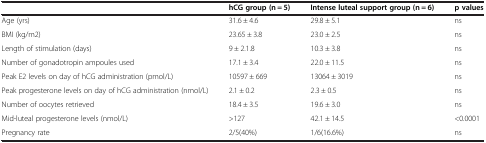
<table><thead><tr><td><b> </b></td><td><b>hCG group (n = 5)</b></td><td><b>Intense luteal support group (n = 6)</b></td><td><b>p values</b></td></tr></thead><tbody><tr><td>Age (yrs)</td><td>31.6 ± 4.6</td><td>29.8 ± 5.1</td><td>ns</td></tr><tr><td>BMI (kg/m2)</td><td>23.65 ± 3.8</td><td>23.0 ± 2.5</td><td>ns</td></tr><tr><td>Length of stimulation (days)</td><td>9 ± 2.1.8</td><td>10.3 ± 3.8</td><td>ns</td></tr><tr><td>Number of gonadotropin ampoules used</td><td>17.1 ± 3.4</td><td>22.0 ± 11.5</td><td>ns</td></tr><tr><td>Peak E2 levels on day of hCG administration (pmol/L)</td><td>10597 ± 669</td><td>13064 ± 3019</td><td>ns</td></tr><tr><td>Peak progesterone levels on day of hCG administration (nmol/L)</td><td>2.1 ± 0.2</td><td>2.3 ± 0.5</td><td>ns</td></tr><tr><td>Number of oocytes retrieved</td><td>18.4 ± 3.5</td><td>19.6 ± 3.0</td><td>ns</td></tr><tr><td>Mid-luteal progesterone levels (nmol/L)</td><td>&gt;127</td><td>42.1 ± 14.5</td><td>&lt;0.0001</td></tr><tr><td>Pregnancy rate</td><td>2/5(40%)</td><td>1/6(16.6%)</td><td>ns</td></tr></tbody></table>